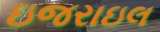
ઇજરાઇલ